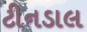
ટીનડાલ